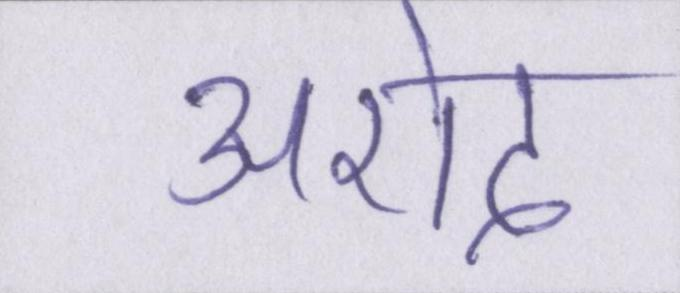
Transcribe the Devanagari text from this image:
अरोद